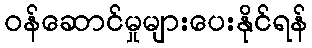
ဝန်ဆောင်မှုများပေးနိုင်ရန်